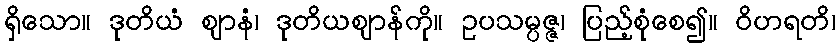
ရှိသော။ ဒုတိယံ ဈာနံ၊ ဒုတိယဈာန်ကို။ ဥပသမ္ပဇ္ဇ၊ ပြည့်စုံစေ၍။ ဝိဟရတိ၊